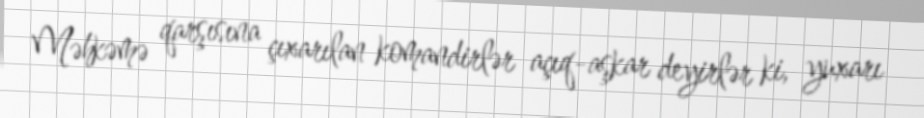
Məhkəmə qarşısına çıxarılan komandirlər açıq-aşkar deyirlər ki, yuxarı